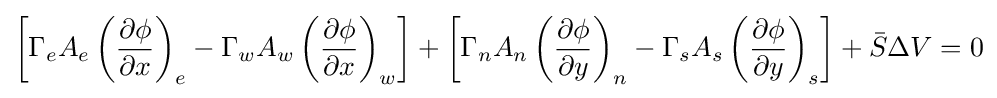
\left[{\Gamma {}}_{e}A_{e}\left({\frac {\partial {}\phi {}}{\partial {}x}}\right)_{e}-{\Gamma {}}_{w}A_{w}\left({\frac {\partial {}\phi {}}{\partial {}x}}\right)_{w}\right]+\left[{\Gamma {}}_{n}A_{n}\left({\frac {\partial {}\phi {}}{\partial {}y}}\right)_{n}-{\Gamma {}}_{s}A_{s}\left({\frac {\partial {}\phi {}}{\partial {}y}}\right)_{s}\right]+{\bar {S}}\Delta {}V=0